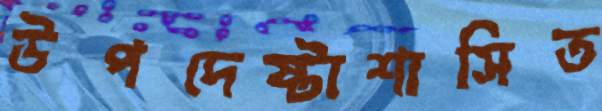
উপদেষ্টাশাসিত